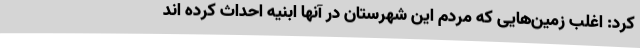
کرد: اغلب زمین‌هایی که مردم این شهرستان در آنها ابنیه احداث کرده اند